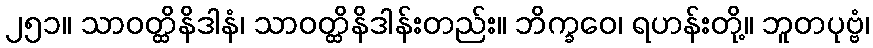
၂၅၁။ သာဝတ္ထိနိဒါနံ၊ သာဝတ္ထိနိဒါန်းတည်း။ ဘိက္ခဝေ၊ ရဟန်းတို့။ ဘူတပုဗ္ဗံ၊